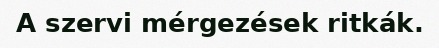
A szervi mérgezések ritkák.